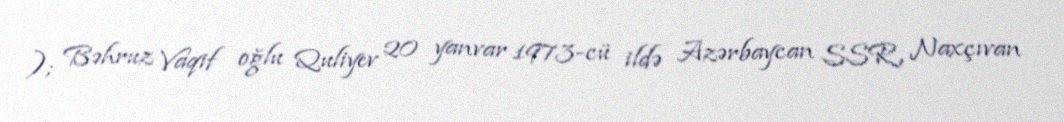
); Bəhruz Vaqif oğlu Quliyev 20 yanvar 1973-cü ildə Azərbaycan SSR, Naxçıvan